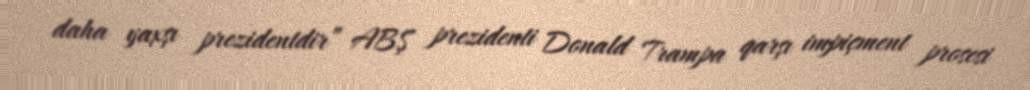
daha yaxşı prezidentdir” ABŞ prezidenti Donald Trampa qarşı impiçment prosesi